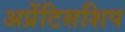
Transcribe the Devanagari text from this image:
अप्रेंटिसशिप